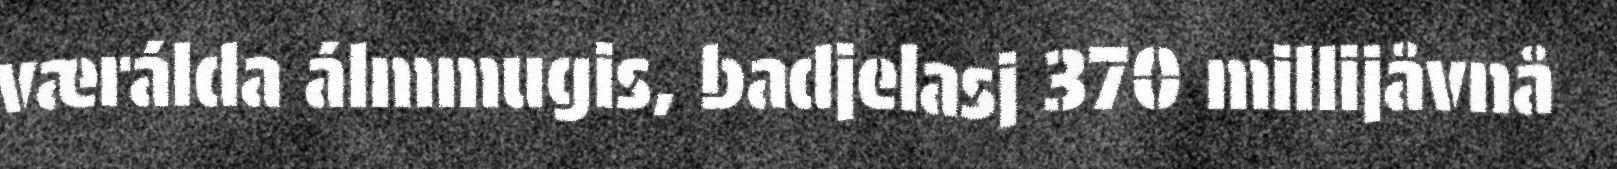
værálda álmmugis, badjelasj 370 millijåvnå